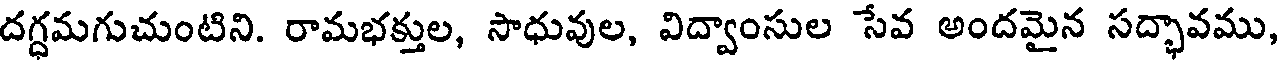
దగ్ధమగుచుంటిని. రామభక్తుల, సాధువుల, విద్వాంసుల సేవ అందమైన సద్భావము,